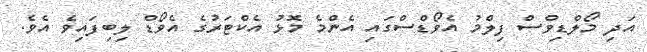
އަދި މޯލްޑިވްސް ފިލްމު އެވޯޑްސްގައި އެންމެ މޮޅު އެކްޓަރުގެ އެވޯޑް ލިބިފައިވެ އެވެ.